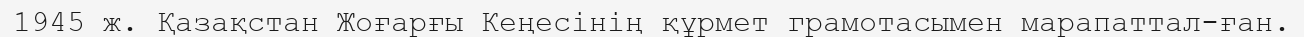
1945 ж. Қазақстан Жоғарғы Кеңесінің құрмет грамотасымен марапаттал­ған.